Plague in India, 1896, 1897 - Volume 1
Year: 1896
Disease focus: Plague
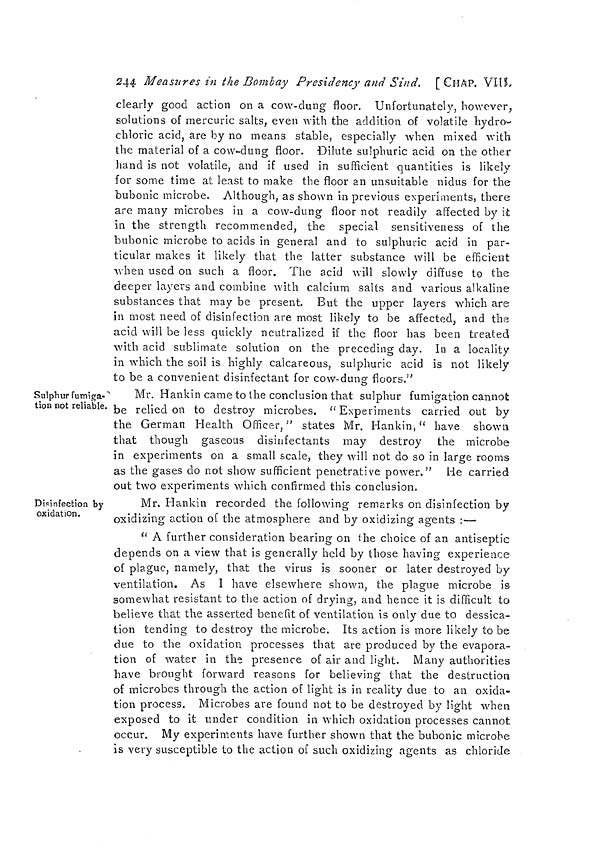
244 Measures in the Bombay Presidency and Sind. [CHAP. VIII.
clearly good action on a cow-dung floor. Unfortunately, however,
solutions of mercuric salts, even with the addition of volatile hydro-
chloric acid, are by no means stable, especially when mixed with
the material of a cow-dung floor. Dilute sulphuric acid on the other
hand is not volatile, and if used in sufficient quantities is likely
for some time at least to make the floor an unsuitable nidus for the
bubonic microbe. Although, as shown in previous experiments, there
are many microbes in a cow-dung floor not readily affected by it
In the strength recommended, the special sensitiveness of the
bubonic microbe to acids in general and to sulphuric acid in par-
ticular makes it likely that the latter substance will be efficient
when used on such a floor. The acid will slowly diffuse to the
deeper layers and combine with calcium salts and various alkaline
substances that may be present. But the upper layers which are
in most need of disinfection are most likely to be affected, and the
acid will be less quickly neutralized if the floor has been treated
with acid sublimate solution on the preceding day. In a locality
in which the soil is highly calcareous, sulphuric acid is not likely
to be a convenient disinfectant for cow-duns floors."
Sulphur fumiga-
tion not reliable.
Mr. Hankin came to the conclusion that sulphur fumigation cannot
be relied on to destroy microbes. "Experiments carried out by
the German Health Officer," states Mr. Hankin," have shown
that though gaseous disinfectants may destroy the microbe
in experiments on a small scale, they will not do so in large rooms
as the gases do not show sufficient penetrative power." Lie carried
out two experiments which confirmed this conclusion,
Disinfection by
oxidation.
Mr. Hankin recorded the following remarks on disinfection by
oxidizing action of the atmosphere and by oxidizing agents :—
" A further consideration bearing on the choice of an antiseptic
depends on a view that is generally held by those having experience
of plague, namely, that the virus is sooner or later destroyed by
ventilation. As I have elsewhere shown, the plague microbe is
somewhat resistant to the action of drying, and hence it is difficult to
believe that the asserted benefit of ventilation is only due to dessica-
lion tending to destroy the microbe. Its action is more likely to be
due to the oxidation processes that are produced by the evapora-
tion of water in the presence of air and light. Many authorities
have brought forward reasons for believing that the destruction
of microbes through the action of light is in reality due to an oxida-
tion process. Microbes are found not to be destroyed by light when
exposed to it under condition in which oxidation processes cannot
occur. My experiments have further shown that the bubonic microhe
is very susceptible to the action of such oxidizing agents as chloride